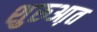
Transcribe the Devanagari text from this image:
शुरुआ़त